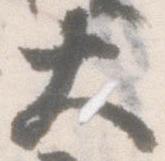
大